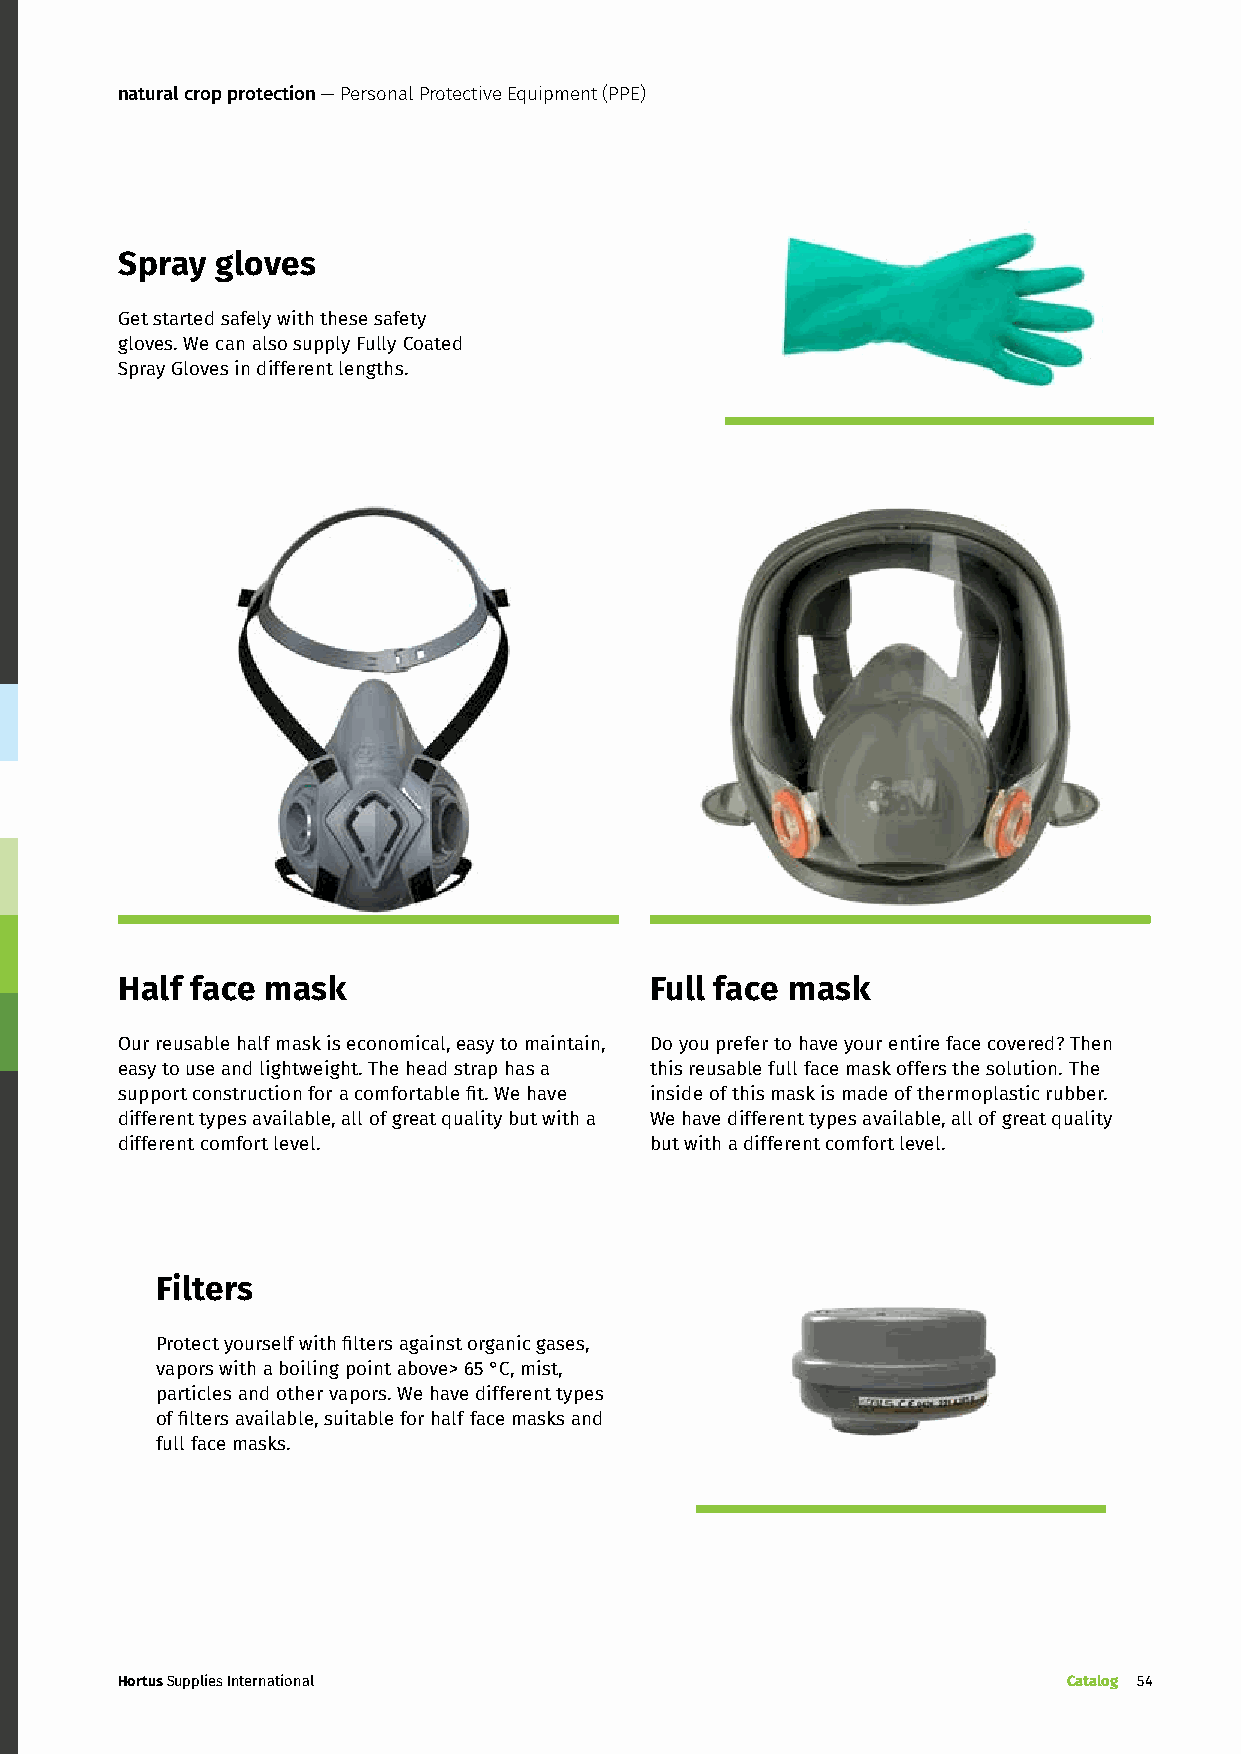
natural crop protection — Personal Protective Equipment (PPE)
 Spray gloves
 Get started safely with these safety
 gloves. We can also supply Fully Coated
 Spray Gloves in different lengths.
 Half face mask                     Full face mask
 Our reusable half mask is economical, easy to maintain, Do you prefer to have your entire face covered? Then
 easy to use and lightweight. The head strap has a this reusable full face mask offers the solution. The
 support construction for a comfortable fit. We have inside of this mask is made of thermoplastic rubber.
 different types available, all of great quality but with a We have different types available, all of great quality
 different comfort level.           but with a different comfort level.
 Filters
 Protect yourself with filters against organic gases,
 vapors with a boiling point above> 65 °C, mist,
 particles and other vapors. We have different types
 of filters available, suitable for half face masks and
 full face masks.
 Hortus Supplies International                                  Catalog 54